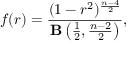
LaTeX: f ( r ) = { \frac { ( 1 - r ^ { 2 } ) ^ { \frac { n - 4 } { 2 } } } { \mathbf { B } \left( { \frac { 1 } { 2 } } , { \frac { n - 2 } { 2 } } \right) } } ,